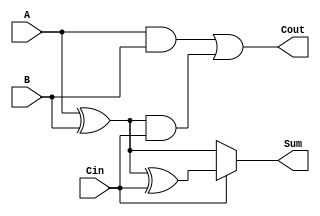
module ConditionalSumFullAdder (
    input wire A,      // First input bit
    input wire B,      // Second input bit
    input wire Cin,    // Carry-in bit
    output wire Sum,   // Resulting sum bit
    output wire Cout   // Carry-out bit
);

    // Intermediate signals for sums and carries
    wire S0;          // Sum without carry-in
    wire S1;          // Sum with carry-in
    wire C0;          // Carry generated from A and B
    wire C1;          // Carry generated from S0 and Cin

    // Conditional sum calculations
    assign S0 = A ^ B;          // S0 = A XOR B
    assign S1 = S0 ^ Cin;       // S1 = S0 XOR Cin

    // Carry generation
    assign C0 = A & B;          // C0 = A AND B
    assign C1 = S0 & Cin;       // C1 = S0 AND Cin

    // Final carry-out
    assign Cout = C0 | C1;      // Cout = C0 OR C1

    // Final sum selection based on carry-in
    assign Sum = (Cin) ? S1 : S0; // Sum = S1 if Cin = 1, else S0

endmodule